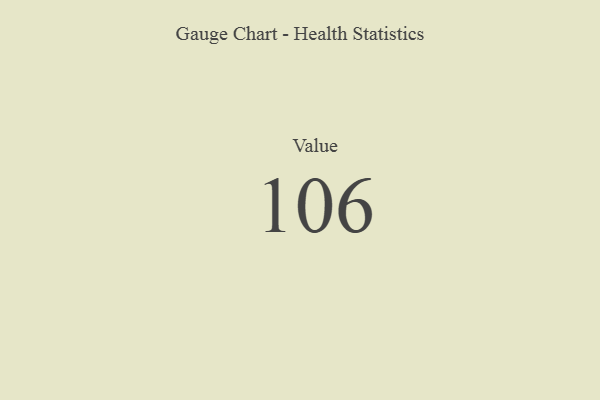
{"axis": {"x": "Metric", "y": "Value"}, "legend": [""], "data": [{"x": "Value", "y": 106, "type": ""}]}